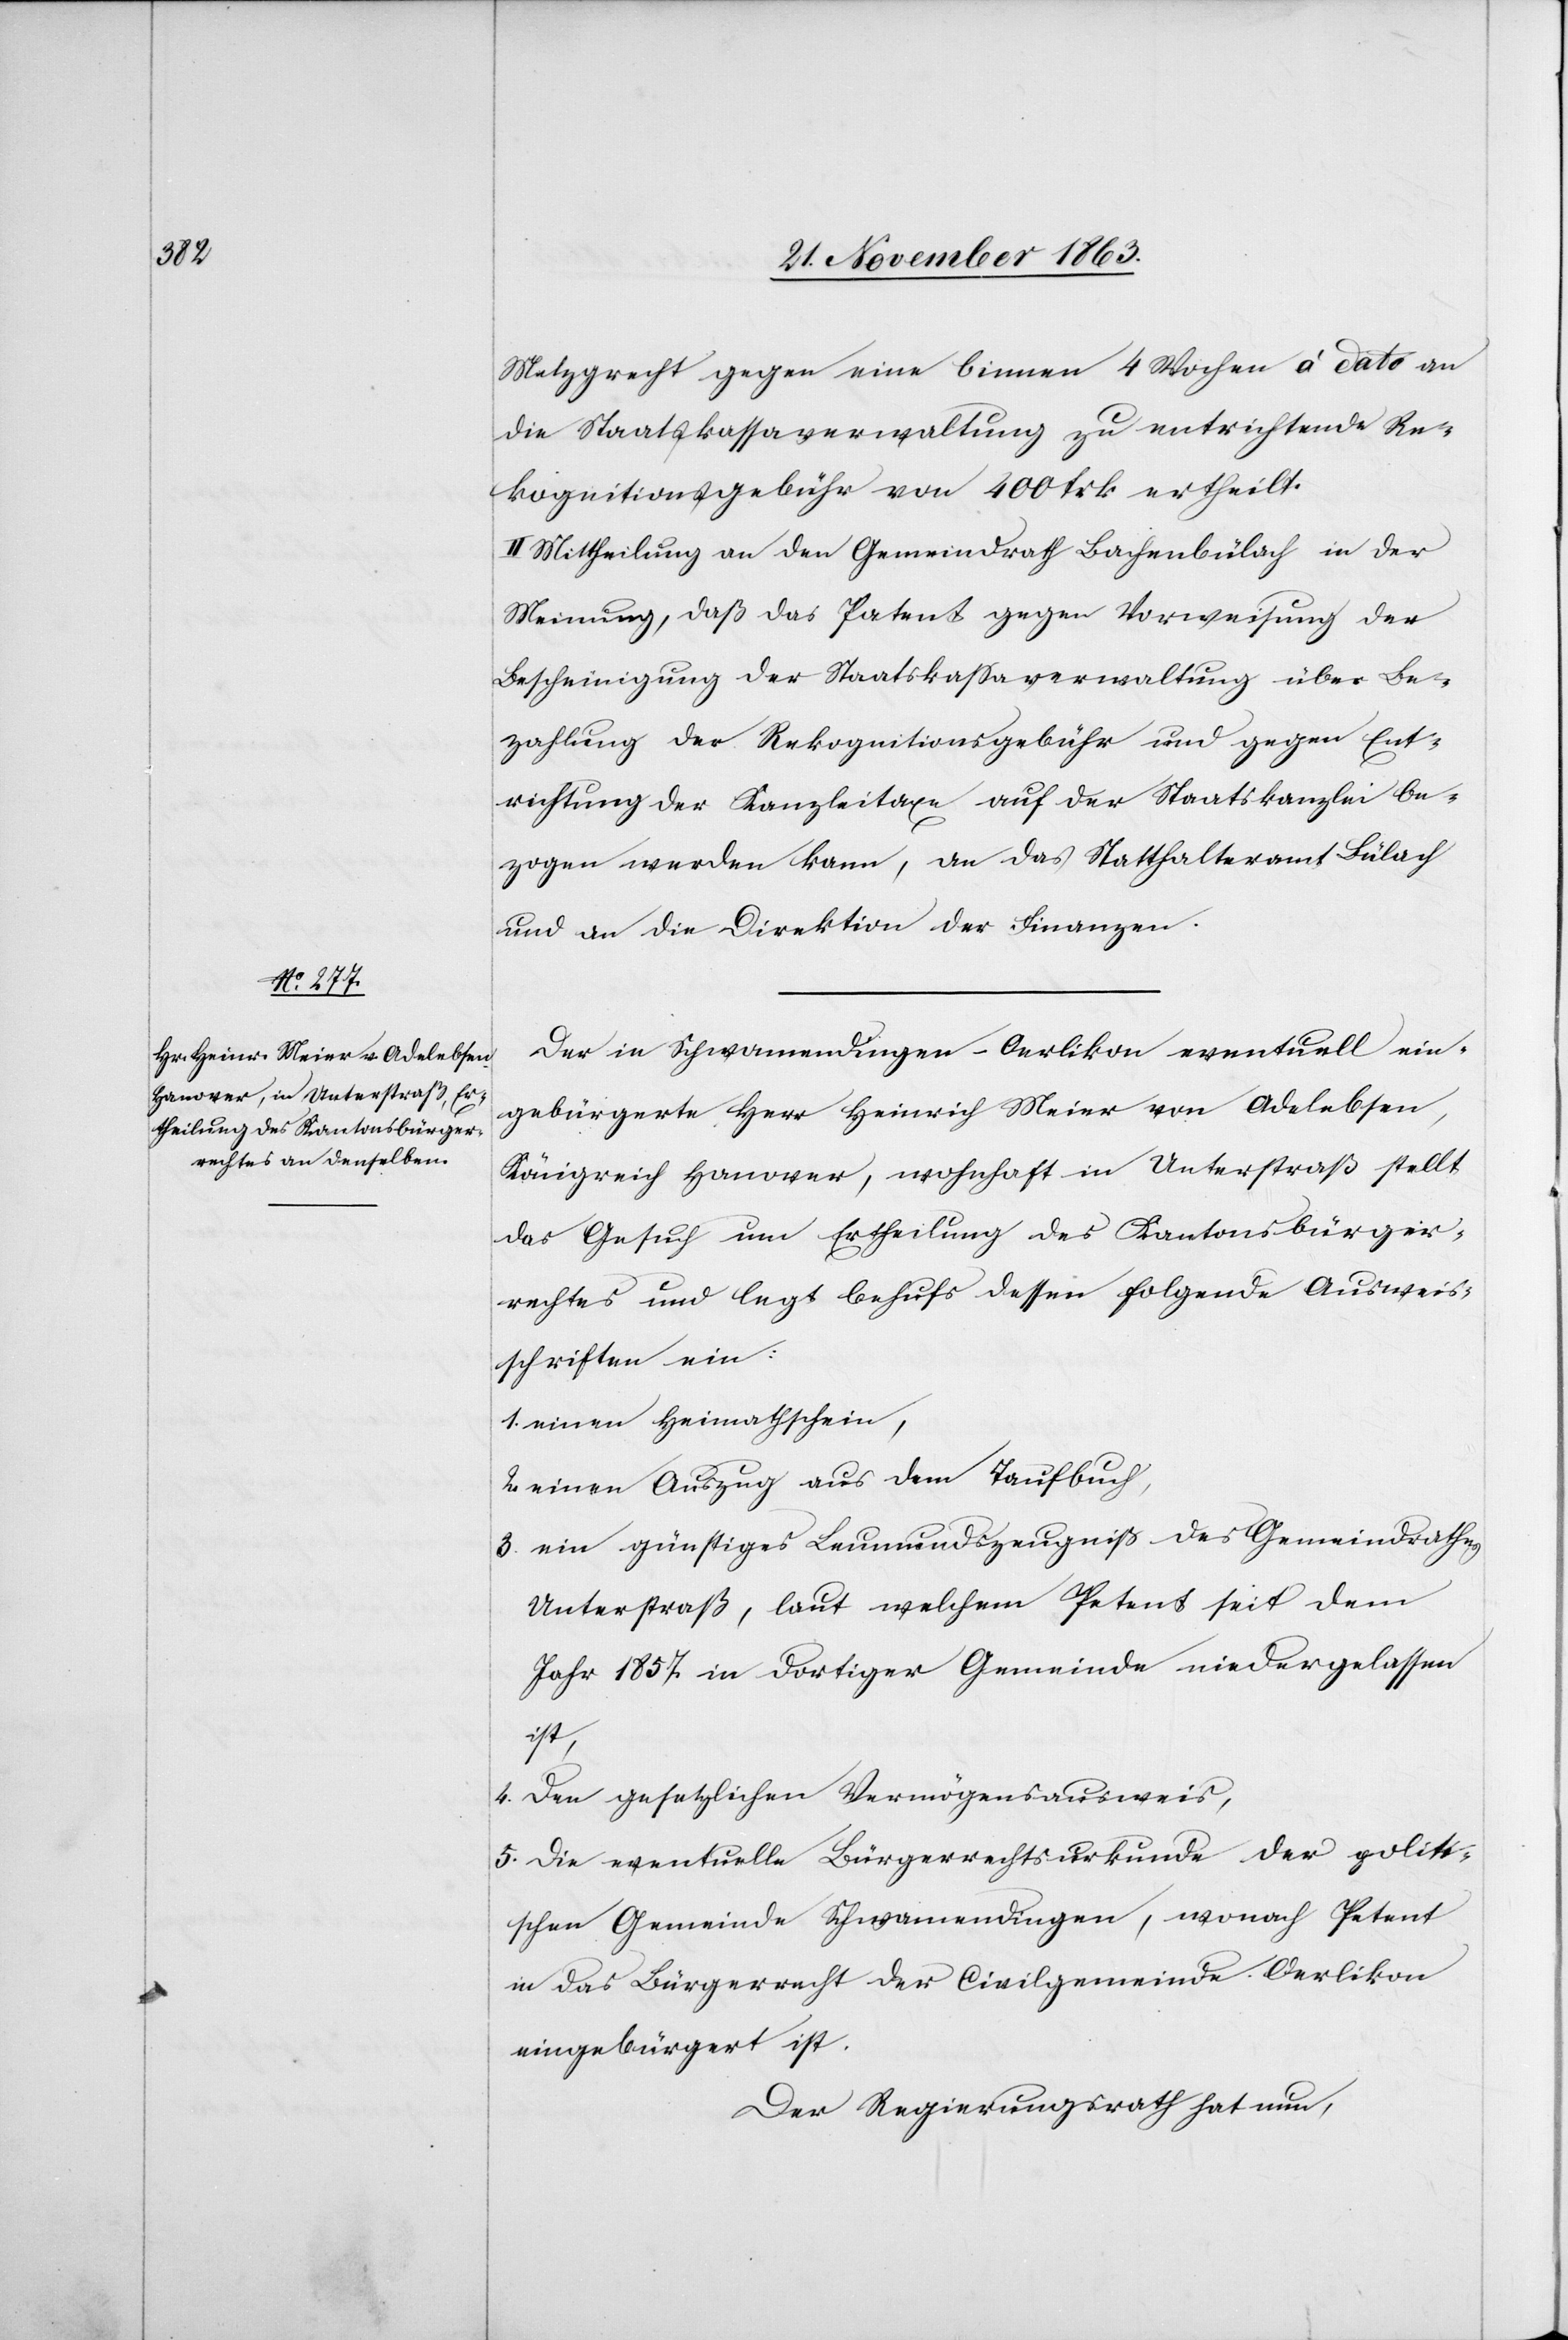
Metzgrecht gegen eine binnen 4 Wochen à dato an
die Staatskassaverwaltung zu entrichtende Re¬
kognitionsgebühr von 400 frk ertheilt.
II. Mittheilung an den Gemeindrath Bachenbülach in der
Meinung, daß das Patent gegen Vorweisung der
Bescheinigung der Staatskassaverwaltung über Be¬
zahlung der Rekognitionsgebühr und gegen Ent¬
richtung der Kanzleitaxe auf der Staatskanzlei be¬
zogen werden kann, an das Statthalteramt Bülach
und an die Direktion der Finanzen.
Der in Schwamendingen-Oerlikon eventuell ein¬
gebürgerte Herr Heinrich Meier von Adelebsen,
Königreich Hanover, wohnhaft in Unterstraß stellt
das Gesuch um Ertheilung des Kantonsbürger¬
rechtes und legt behufs dessen folgende Ausweis¬
schriften ein:
1. einen Heimathschein,
2. einen Auszug aus dem Taufbuch,
3. ein günstiges Leumundszeugniß des Gemeindrathes
Unterstraß, laut welchem Petent seit dem
Jahr 1857 in dortiger Gemeinde niedergelassen
ist,
4. den gesetzlichen Vermögensausweis,
5. die eventuelle Bürgerrechtsurkunde der politi¬
schen Gemeinde Schwamendingen, wonach Petent
in das Bürgerrecht der Civilgemeinde Oerlikon
eingebürgert ist.
Der Regierungsrath hat nun,